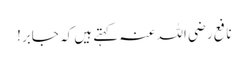
نافع رضی اللہ عنہ کہتے ہیں کہ جابر!